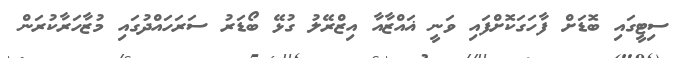
ސިޓީގައި ބޮޑަށް ފާހަގަކޮށްފައި ވަނީ ޣައްޒާއާ އިޒްރޭލު ގުޅޭ ބޯޑަރު ސަރަހައްދުގައި މުޒާހަރާކުރަން